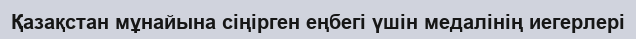
Қазақстан мұнайына сіңірген еңбегі үшін медалінің иегерлері